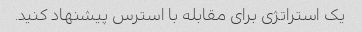
یک استراتژی برای مقابله با استرس پیشنهاد کنید.